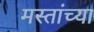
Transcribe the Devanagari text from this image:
मस्तांच्या